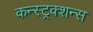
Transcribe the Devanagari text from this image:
कन्स्ट्रक्शन्स